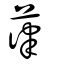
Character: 葎